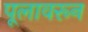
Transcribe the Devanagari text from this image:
पूलावरून